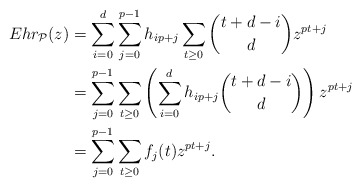
\begin{align*} Ehr_{\mathcal{P}}(z) &= \sum_{i=0}^{d} \sum_{j=0}^{p-1} h_{ip+j} \sum_{t \geq 0} \binom{t+d-i}{d} z^{pt + j} \\ &= \sum_{j=0}^{p-1} \sum_{t \geq 0} \left( \sum_{i=0}^{d} h_{ip+j} \binom{t+d-i}{d} \right) z^{pt + j} \\ &= \sum_{j=0}^{p-1} \sum_{t \geq 0} f_j(t) z^{pt + j}.\end{align*}